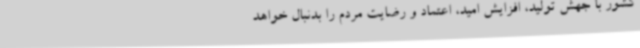
کشور با جهش تولید، افزایش امید، اعتماد و رضایت مردم را بدنبال خواهد